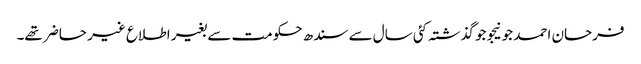
فرحان احمد جونیجو جو گذشتہ کئی سال سے سندھ حکومت سے بغیر اطلاع غیر حاضر تھے۔